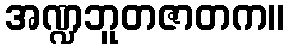
အဏ္ဍဘူတဇာတက။